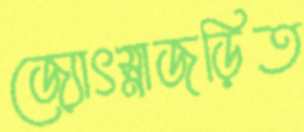
জ্যোৎস্নাজড়িত